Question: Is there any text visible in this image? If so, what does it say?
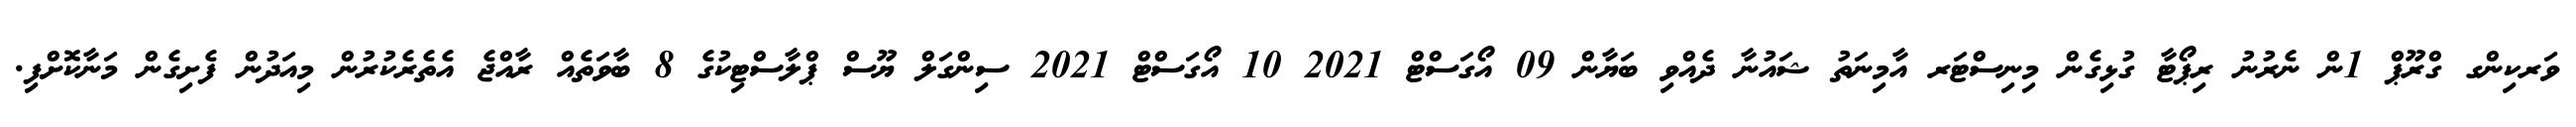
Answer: ވަރކިންގ ގްރޫޕް 1ން ނެރުނު ރިޕޯޓާ ގުޅިގެން މިނިސްޓަރ އާމިނަތު ޝައުނާ ދެއްވި ބަޔާން 09 އޯގަސްޓް 2021 10 އޯގަސްޓް 2021 ސިންގަލް ޔޫސް ޕްލާސްޓިކުގެ 8 ބާވަތެއް ރާއްޖެ އެތެރެކުރުން މިއަދުން ފެށިގެން މަނާކޮށްފި.